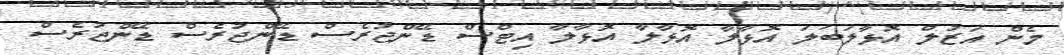
މެން އަޒުލް އޮޅާލަބަލަ އޮޅާލާ އޮޅާލާ އޮޅާލާ އިޓްސް ޑޭންޖުރެސް ޑޭންޖުރެެސް ޑޭންޖުރެސް